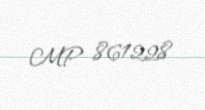
MP 861228